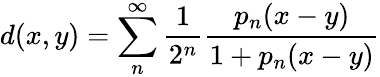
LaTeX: d(x,y)=\sum_{n}^{\infty}{\frac{1}{2^{n}}}{\frac{p_{n}(x-y)}{1+p_{n}(x-y)}}